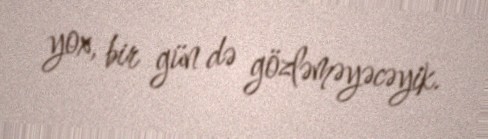
yox, bir gün də gözləməyəcəyik.